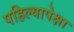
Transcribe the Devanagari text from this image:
पहिल्यापेक्षा